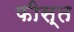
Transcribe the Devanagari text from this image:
फीस्त